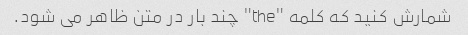
شمارش کنید که کلمه "the" چند بار در متن ظاهر می شود.